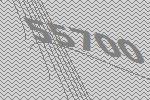
55700